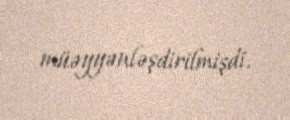
müəyyənləşdirilmişdi.